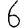
Digit: 6